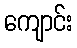
ကျောင်း